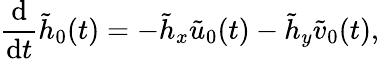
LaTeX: \frac{\mathrm{d}}{\mathrm{d}t}\tilde{h}_{0}(t)=-\tilde{h}_{x}\tilde{u}_{0}(t)-\tilde{h}_{y}\tilde{v}_{0}(t),